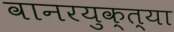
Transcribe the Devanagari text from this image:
वानरयुक्त्या